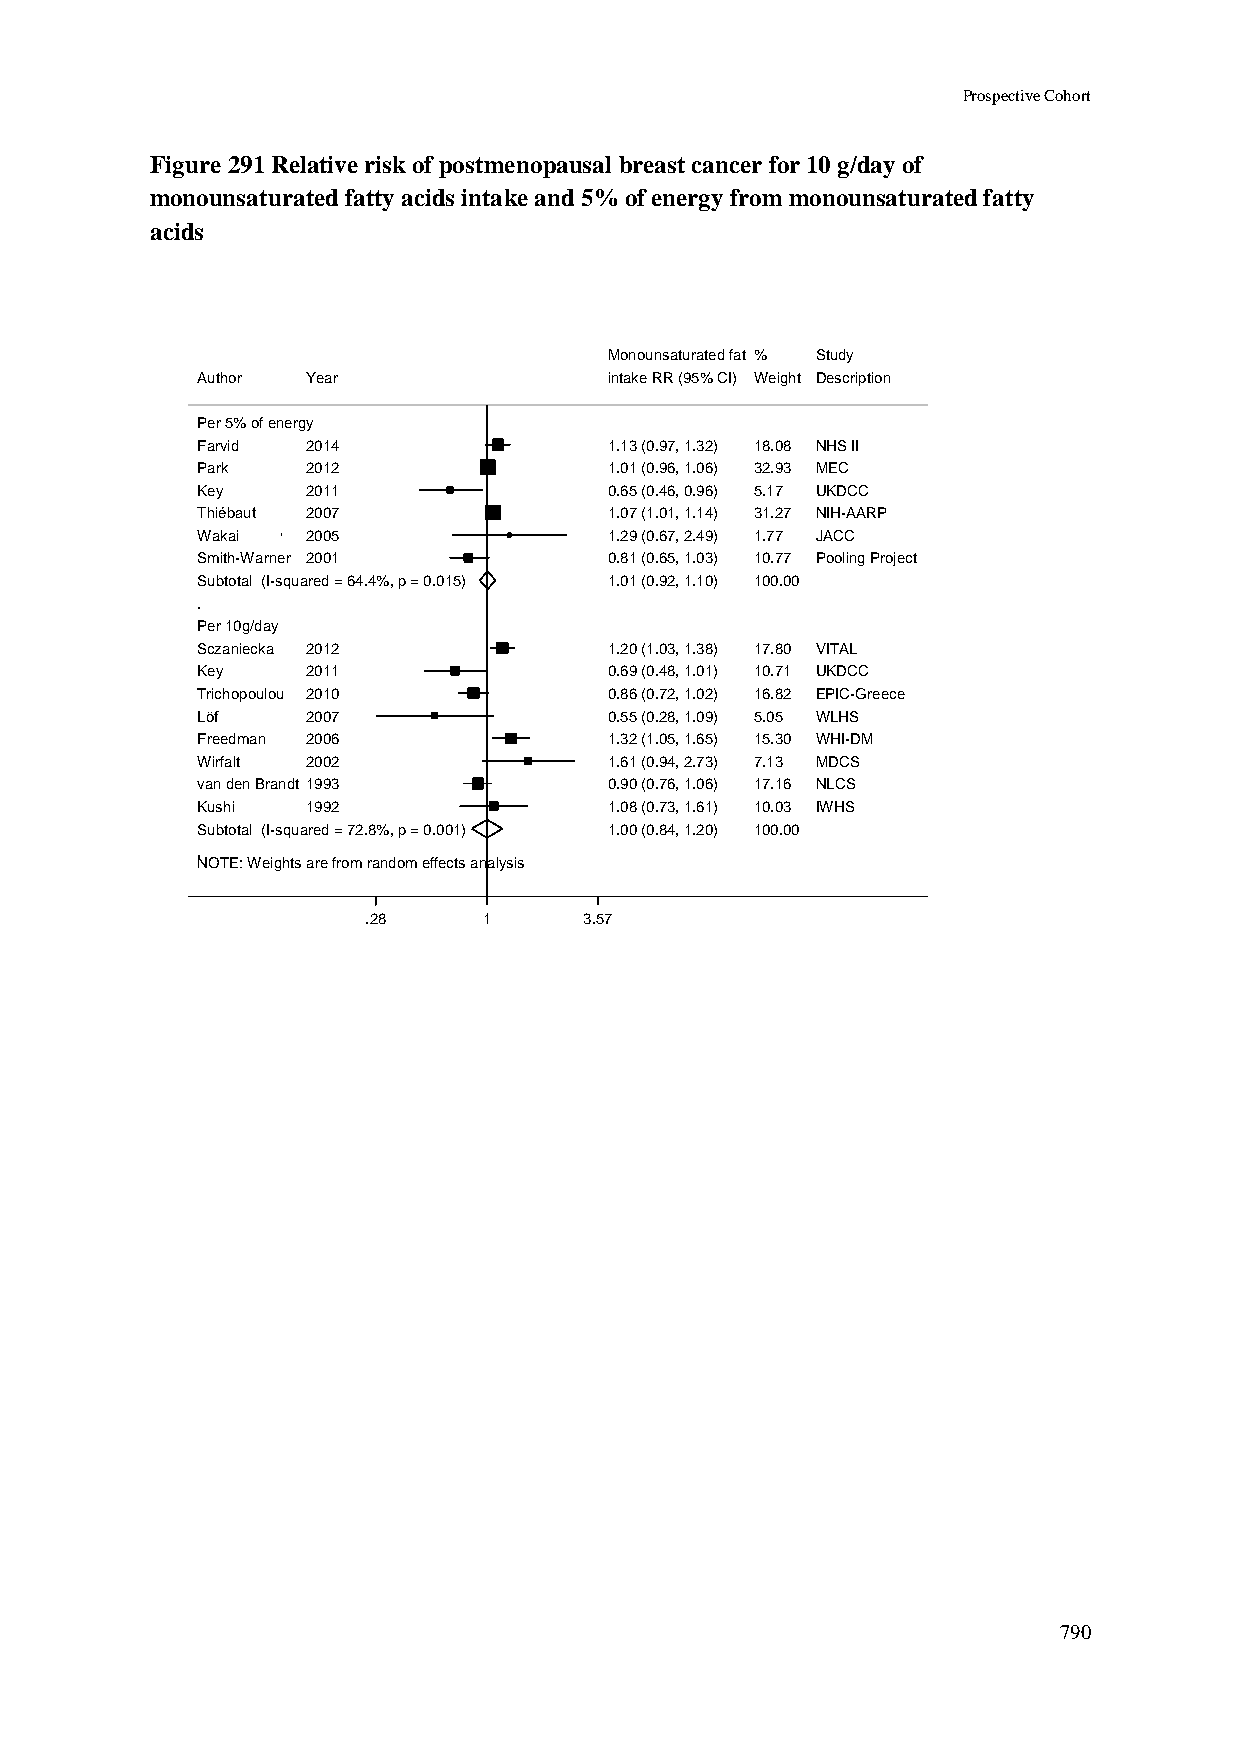
Prospective Cohort
 Figure 291 Relative risk of postmenopausal breast cancer for 10 g/day of
 monounsaturated fatty acids intake and 5% of energy from monounsaturated fatty
 acids
 MMoonnoouunnssaattuurraatteedd ffaatt %% Study
 Author Year                iinnttaakkee RRRR ((9955%% CCII)) WWeeiigghhtt Description
 Per 5% of energy
 Farvid 2014                11..1133 ((00..9977,, 11..3322)) 1188..0088 NHS II
 Park   2012                11..0011 ((00..9966,, 11..0066)) 3322..9933 MEC
 Key    2011                00..6655 ((00..4466,, 00..9966)) 55..1177 UKDCC
 Thiébaut 2007              11..0077 ((11..0011,, 11..1144)) 3311..2277 NIH-AARP
 Wakai  2005                11..2299 ((00..6677,, 22..4499)) 11..7777 JACC
 Smith-Warner 2001          00..8811 ((00..6655,, 11..0033)) 1100..7777 Pooling Project
 Subtotal (I-squared = 64.4%, p = 0.015) 11..0011 ((00..9922,, 11..1100)) 110000..0000
 .
 Per 10g/day
 Sczaniecka 2012            11..2200 ((11..0033,, 11..3388)) 1177..8800 VITAL
 Key    2011                00..6699 ((00..4488,, 11..0011)) 1100..7711 UKDCC
 Trichopoulou 2010          00..8866 ((00..7722,, 11..0022)) 1166..8822 EPIC-Greece
 Löf    2007                00..5555 ((00..2288,, 11..0099)) 55..0055 WLHS
 Freedman 2006              11..3322 ((11..0055,, 11..6655)) 1155..3300 WHI-DM
 Wirfalt 2002               11..6611 ((00..9944,, 22..7733)) 77..1133 MDCS
 van den Brandt 1993        00..9900 ((00..7766,, 11..0066)) 1177..1166 NLCS
 Kushi  1992                11..0088 ((00..7733,, 11..6611)) 1100..0033 IWHS
 Subtotal (I-squared = 72.8%, p = 0.001) 11..0000 ((00..8844,, 11..2200)) 110000..0000
 .
 NOTE: Weights are from random effects analysis
 .28     11     3.57
 790